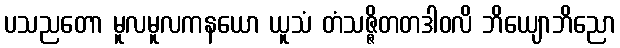
ပသညတော မူလမူလကနယော ယူသံ တံသဇ္ဇိတတဒါဝလိ ဘိယျောဘိညော